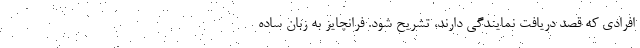
افرادی که قصد دریافت نمایندگی دارند، تشریح شود. فرانچایز به زبان ساده